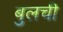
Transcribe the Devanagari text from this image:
बुलची